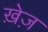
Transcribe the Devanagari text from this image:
ख़ेज़